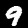
Label: 9